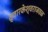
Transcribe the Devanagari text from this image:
द्वारकेश्वराजवळ